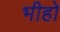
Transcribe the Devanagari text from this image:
भीहो